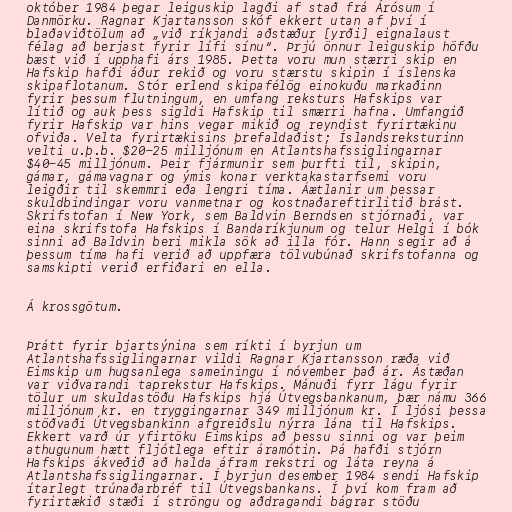
október 1984 þegar leiguskip lagði af stað frá Árósum í
Danmörku. Ragnar Kjartansson skóf ekkert utan af því í
blaðaviðtölum að „við ríkjandi aðstæður [yrði] eignalaust
félag að berjast fyrir lífi sínu“. Þrjú önnur leiguskip höfðu
bæst við í upphafi árs 1985. Þetta voru mun stærri skip en
Hafskip hafði áður rekið og voru stærstu skipin í íslenska
skipaflotanum. Stór erlend skipafélög einokuðu markaðinn
fyrir þessum flutningum, en umfang reksturs Hafskips var
lítið og auk þess sigldi Hafskip til smærri hafna. Umfangið
fyrir Hafskip var hins vegar mikið og reyndist fyrirtækinu
ofviða. Velta fyrirtækisins þrefaldaðist; Íslandsreksturinn
velti u.þ.b. $20-25 milljónum en Atlantshafssiglingarnar
$40-45 milljónum. Þeir fjármunir sem þurfti til, skipin,
gámar, gámavagnar og ýmis konar verktakastarfsemi voru
leigðir til skemmri eða lengri tíma. Áætlanir um þessar
skuldbindingar voru vanmetnar og kostnaðareftirlitið brást.
Skrifstofan í New York, sem Baldvin Berndsen stjórnaði, var
eina skrifstofa Hafskips í Bandaríkjunum og telur Helgi í bók
sinni að Baldvin beri mikla sök að illa fór. Hann segir að á
þessum tíma hafi verið að uppfæra tölvubúnað skrifstofanna og
samskipti verið erfiðari en ella.

Á krossgötum.

Þrátt fyrir bjartsýnina sem ríkti í byrjun um
Atlantshafssiglingarnar vildi Ragnar Kjartansson ræða við
Eimskip um hugsanlega sameiningu í nóvember það ár. Ástæðan
var viðvarandi taprekstur Hafskips. Mánuði fyrr lágu fyrir
tölur um skuldastöðu Hafskips hjá Útvegsbankanum, þær námu 366
milljónum kr. en tryggingarnar 349 milljónum kr. Í ljósi þessa
stöðvaði Útvegsbankinn afgreiðslu nýrra lána til Hafskips.
Ekkert varð úr yfirtöku Eimskips að þessu sinni og var þeim
athugunum hætt fljótlega eftir áramótin. Þá hafði stjórn
Hafskips ákveðið að halda áfram rekstri og láta reyna á
Atlantshafssiglingarnar. Í byrjun desember 1984 sendi Hafskip
ítarlegt trúnaðarbréf til Útvegsbankans. Í því kom fram að
fyrirtækið stæði í ströngu og aðdragandi bágrar stöðu